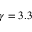
\gamma = 3 . 3